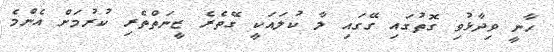
ހާނީ ވިދާޅުވި ގޮތުގައި ގޭގައި ލާ ކުލައަކީ ގޭތެރެ ޒީނަތްތެރި ކުރުމަށް އެންމެ